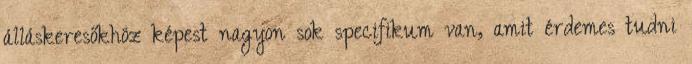
álláskeresőkhöz képest nagyon sok specifikum van, amit érdemes tudni